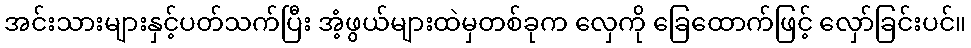
အင်းသားများနှင့်ပတ်သက်ပြီး အံ့ဖွယ်များထဲမှတစ်ခုက လှေကို ခြေထောက်ဖြင့် လှော်ခြင်းပင်။